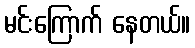
မင်းကြောက် နေတယ်။